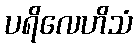
ပရိလေဟိသံ